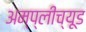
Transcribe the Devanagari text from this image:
अम्प्लीच्यूड